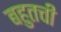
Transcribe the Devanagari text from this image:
बहुतची